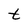
Character: t